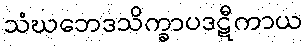
သံဃဘေဒသိက္ခာပဒဋီကာယ